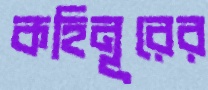
কহিনূরের